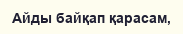
Айды байқап қарасам,